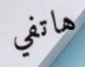
هاتفي